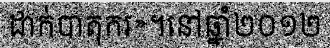
ដាក់បាតុករ»។នៅឆ្នាំ២០១២